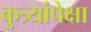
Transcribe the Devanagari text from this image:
कुत्र्यांपेक्षा